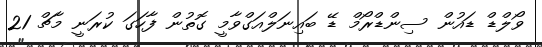
ވޯލްޑް ޑައުން ސިންޑްރޯމް ޑޭ ބައިނަލްއަގްވާމީ ގޮތުން ފާހަގަ ކުރަނީ މާޗް 21